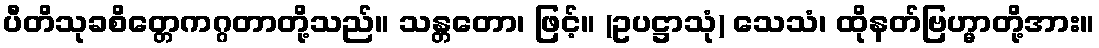
ပီတိသုခစိတ္တေကဂ္ဂတာတို့သည်။ သန္တတော၊ ဖြင့်။ (ဥပဋ္ဌာသုံ) သေသံ၊ ထိုနတ်ဗြဟ္မာတို့အား။